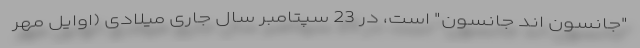
"جانسون اند جانسون" است، در 23 سپتامبر سال جاری میلادی (اوایل مهر